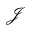
\mathcal { J }